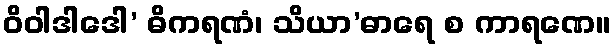
ဝိဝါဒါဒေါ’ ဓိကရဏံ၊ သိယာ’ဓာရေ စ ကာရဏေ။